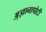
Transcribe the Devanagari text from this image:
अ़ज्ञानापोटी